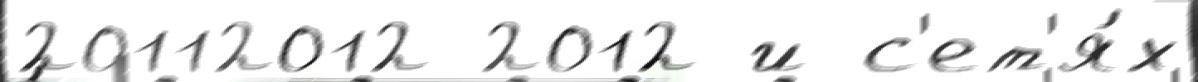
20112012 2012 и с'ет'я́х